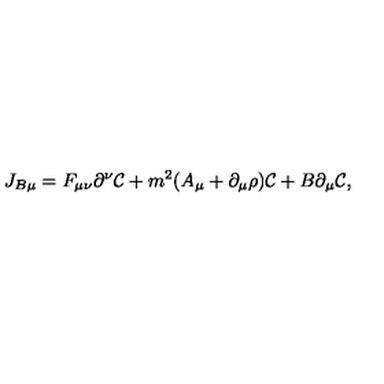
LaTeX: J _ { B \mu } = F _ { \mu \nu } \partial ^ { \nu } { \cal C } + m ^ { 2 } ( A _ { \mu } + \partial _ { \mu } \rho ) { \cal C } + B \partial _ { \mu } { \cal C } ,